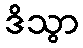
ဒိသွာ